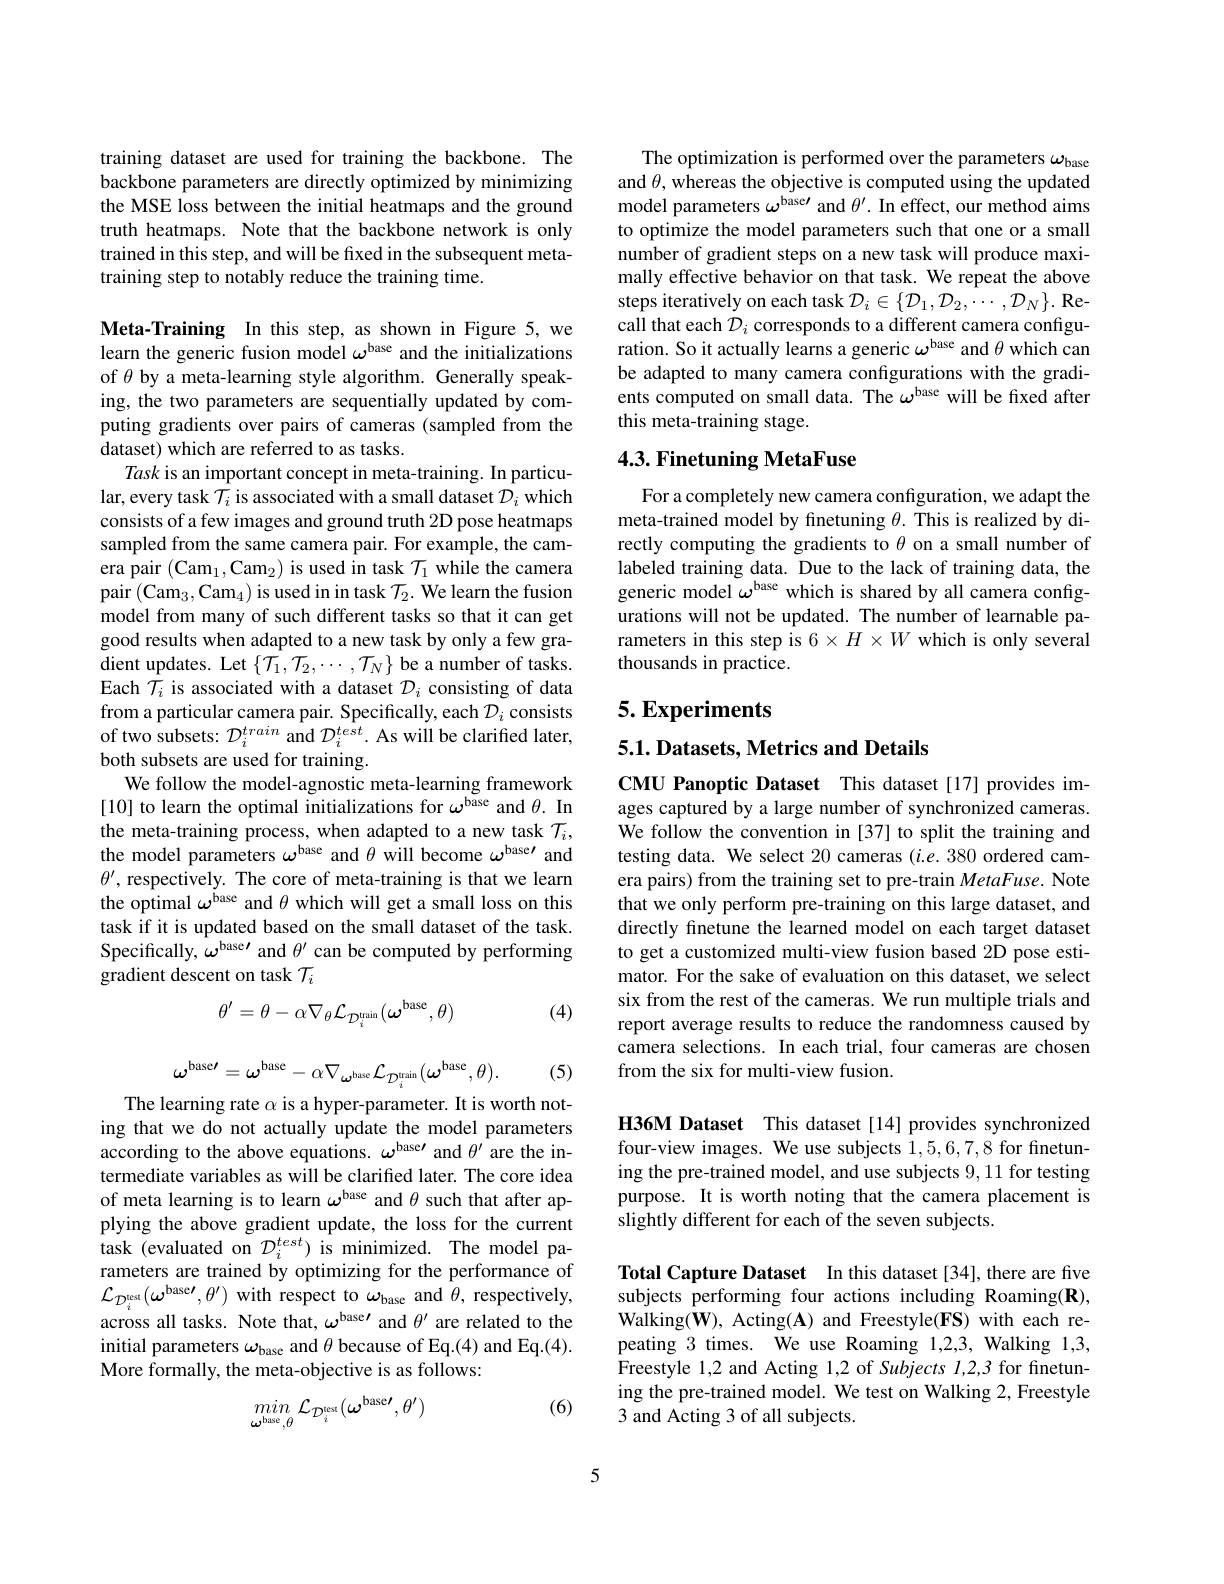
training dataset are used for training the backbone. The backbone parameters are directly optimized by minimizing the MSE loss between the initial heatmaps and the ground truth heatmaps. Note that the backbone network is only trained in this step, and will be fixed in the subsequent metatraining step to notably reduce the training time.

Meta-Training In this step, as shown in Figure 5, we learn the generic fusion model $\omega^\mathrm{base}$ and the initializations of $\theta$ by a meta-learning style algorithm. Generally speaking, the two parameters are sequentially updated by computing gradients over pairs of cameras (sampled from the dataset) which are referred to as tasks.
Task is an important concept in meta-training. In particular, every task $\mathcal{T}_i$ is associated with a small dataset $\mathcal{D}_i$ which consists of a few images and ground truth 2D pose heatmaps sampled from the same camera pair. For example, the camera pair (Cam$_1$,Cam$_2)$ is used in task $\mathcal{T}_1$ while the camera pair $(\mathrm{Cam}_3,\mathrm{Cam}_4)$ is used in in task $\mathcal{T}_2.$ We learn the fusion model from many of such different tasks so that it can get good results when adapted to a new task by only a few gradient updates. Let $\{\mathcal{T}_1,\mathcal{T}_2,\cdots,\mathcal{T}_N\}$ be a number of tasks. Each $\mathcal{T}_i$ is associated with a dataset $\mathcal{D}_i$ consisting of data from a particular camera pair. Specifically, each $\mathcal{D}_i$ consists of two subsets: $\mathcal{D}_i^{train}$ and $\mathcal{D}_i^{test}.$ As will be clarified later, both subsets are used for training.
We follow the model-agnostic meta-learning framework [10] to learn the optimal initializations for $\omega^\mathrm{base}$ and $\theta.$ In the meta-training process, when adapted to a new task $\mathcal{T}_i$, the model parameters $\omega^\mathrm{base}$ and $\hat{\theta }$ will become $\omega ^{\text{base}\prime }$ and $\theta^{\prime}$, respectively. The core of meta-training is that we learn the optimal $\omega^\mathrm{base}$ and $\theta$ which will get a small loss on this task if it is updated based on the small dataset of the task. Specifically, $\omega ^{\text{base}\prime }$ and $\theta ^{\prime }$ can be computed by performing gradient descent on task $\mathcal{T} _{i}$
$$\theta'=\theta-\alpha\nabla_{\theta}\mathcal{L}_{\mathcal{D}_{i}^{\mathrm{train}}}(\omega^{\mathrm{base}},\theta)$$
(4)
$$\omega^{\mathrm{base}\prime}=\omega^{\mathrm{base}}-\alpha\nabla_{\omega^{\mathrm{base}}}\mathcal{L}_{\mathcal{D}_{i}^{\mathrm{train}}}(\boldsymbol{\omega}^{\mathrm{base}},\theta).$$
(5)

The learning rate $\alpha$ is a hyper-parameter. It is worth noting that we do not actually update the model parameters according to the above equations. $\omega^\mathrm{base\prime}$ and $\theta^\prime$ are the intermediate variables as will be clarified later. The core idea of meta learning is to learn $\omega^\mathrm{base}$ and $\theta$ such that after applying the above gradient update, the loss for the current task (evaluated on $\mathcal{D}_i^{test})$ is minimized. The model parameters are trained by optimizing for the performance of $\mathcal{L}_{\mathcal{D}_i^{\text{test}}}(\omega^{\text{base}\prime},\theta^{\prime})$ with respect to $\omega_\text{base and }\theta$, respectively, across all tasks. Note that, $\omega^\text{base}\prime$ and $\theta^{\prime}$ are related to the initial parameters $\omega_\mathrm{base}$ and $\theta$ because of Eq.(4) and Eq.(4). More formally, the meta-objective is as follows:

(6)
$$\mathop{min}_{\boldsymbol{\omega^\mathrm{base}},\theta}\mathcal{L}_{\mathcal{D}_i^\mathrm{test}}(\boldsymbol{\omega^\mathrm{base}}^{\prime},\theta^{\prime})$$
The optimization is performed over the parameters $\omega_\mathrm{base}$ and $\theta$, whereas the objective is computed using the updated model parameters $\omega^\text{base}\prime$ and $\theta^{\prime}.$ In effect, our method aims to optimize the model parameters such that one or a small number of gradient steps on a new task will produce maximally effective behavior on that task. We repeat the above steps iteratively on each task $\mathcal{D}_i\in\{\mathcal{D}_1,\mathcal{D}_2,\cdots,\mathcal{D}_N\}.$ Recall that each $\mathcal{D}_i$ corresponds to a different camera configuration. So it actually learns a generic $\omega^\mathrm{base}$ and $\theta$ which can be adapted to many camera configurations with the gradients computed on small data. The $\omega^\mathrm{base}$ will be fixed after this meta-training stage.

# 4.3. Finetuning MetaFuse

For a completely new camera configuration, we adapt the meta-trained model by finetuning $\theta.$ This is realized by directly computing the gradients to $\theta$ on a small number of labeled training data. Due to the lack of training data, the generic model $\omega^\mathrm{base}$ which is shared by all camera configurations will not be updated. The number of learnable parameters in this step is $6\times H\times W$ which is only several thousands in practice.

# 5. Experiments

5.1. Datasets, Metrics and Details

CMU Panoptic Dataset This dataset [17] provides images captured by a large number of synchronized cameras. We follow the convention in [37] to split the training and testing data. We select 20 cameras (i.e.380 ordered camera pairs) from the training set to pre-train $MetaFuse.$ Note that we only perform pre-training on this large dataset, and directly finetune the learned model on each target dataset to get a customized multi-view fusion based 2D pose estimator. For the sake of evaluation on this dataset, we select six from the rest of the cameras. We run multiple trials and report average results to reduce the randomness caused by camera selections. In each trial, four cameras are chosen from the six for multi-view fusion.

H36M Dataset This dataset[14] provides synchronized four-view images. We use subjects 1,5,6,7,8 for finetuning the pre-trained model, and use subjects 9, 11 for testing purpose. It is worth noting that the camera placement is slightly different for each of the seven subjects.

Total Capture Dataset In this dataset [34], there are five subjects performing four actions including Roaming(R), Walking(W), Acting(A) and Freestyle(FS) with each repeating 3 times. We use Roaming 1,2,3, Walking 1,3, Freestyle 1, 2 and Acting 1, 2 of Subjects 1, 2, 3 for finetun- ing the pre-trained model. We test on Walking 2, Freestyle 3 and Acting 3 of all subjects.

5